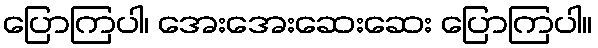
ပြောကြပါ၊ အေးအေးဆေးဆေး ပြောကြပါ။